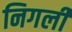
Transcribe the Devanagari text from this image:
निगली